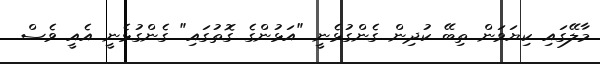
މާލޭގައި ކިޔަވަން ތިބޭ ކުދިން ގެންގުޅެނީ "އަޅުންގެ ގޮތުގައި" ގެންގުޅެނީ އެއީ ވެސް